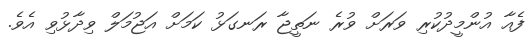
ފެއާ އުންމީދުކުރި ވަރަށް ވުރެ ނަތީޖާ ރަނގަޅު ކަމަށް އަޖުމަލް ވިދާޅުވި އެވެ.